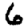
Digit: 6